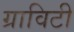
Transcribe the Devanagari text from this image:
ग्राविटी